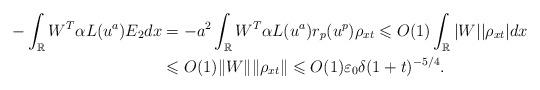
LaTeX: \begin{align*}- \int_\mathbb{R} W^T \alpha L(u^a) E_2dx&= - a^2 \int_\mathbb{R} W^T \alpha L(u^a) r_p(u^p)\rho_{xt}\leqslant O(1) \int_\mathbb{R}|W||\rho_{xt}| dx\\&\leqslant O(1) \|W\| \|\rho_{xt}\|\leqslant O(1)\varepsilon_0 \delta (1+t)^{-{5}/{4}}.\end{align*}